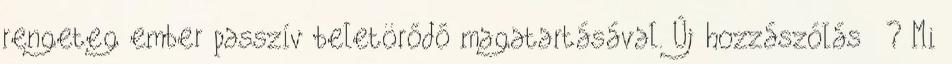
rengeteg ember passzív beletörődő magatartásával. Új hozzászólás ? Mi